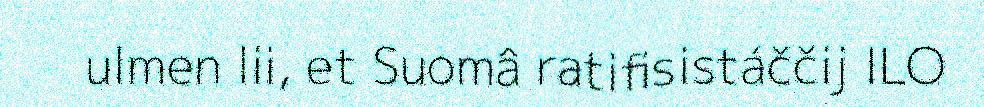
ulmen lii, et Suomâ ratifisistáččij ILO